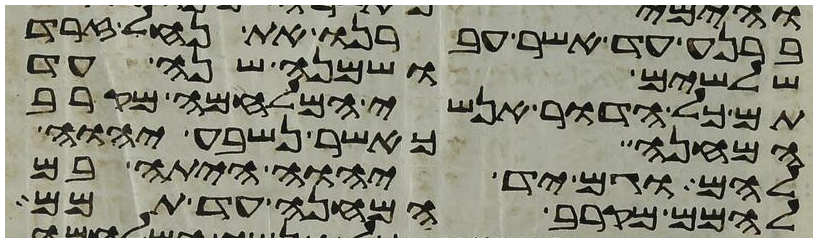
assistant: ברנע עד אשר עברנו את נחל זרד
שלשים ושמנה שנה עד
תם כל הדור אנשי המלחמה מקרב
המחנה כאשר נשבע יהוה
להם וגם יד יהוה היתה בם
להמם מקרב המחנה עד תמם